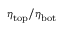
\eta _ { \mathrm { t o p } } / \eta _ { \mathrm { b o t } }